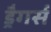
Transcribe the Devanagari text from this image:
ड्रैगर्स